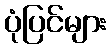
ပုံပြင်များ